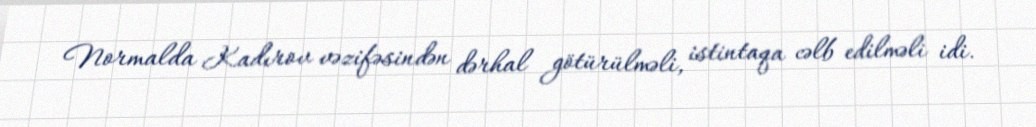
Normalda Kadırov vəzifəsindən dərhal götürülməli, istintaqa cəlb edilməli idi.